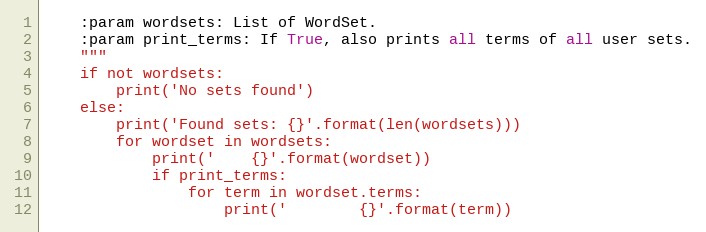
Language: Python
    :param wordsets: List of WordSet.
    :param print_terms: If True, also prints all terms of all user sets.
    """
    if not wordsets:
        print('No sets found')
    else:
        print('Found sets: {}'.format(len(wordsets)))
        for wordset in wordsets:
            print('    {}'.format(wordset))
            if print_terms:
                for term in wordset.terms:
                    print('        {}'.format(term))